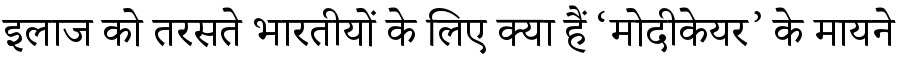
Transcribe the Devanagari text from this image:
इलाज को तरसते भारतीयों के लिए क्या हैं ‘मोदीकेयर’ के मायने